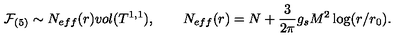
\mathcal { F } _ { ( 5 ) } \sim N _ { e f f } ( r ) v o l ( T ^ { 1 , 1 } ) , \qquad N _ { e f f } ( r ) = N + { \frac { 3 } { 2 \pi } } g _ { s } M ^ { 2 } \log ( r / r _ { 0 } ) .